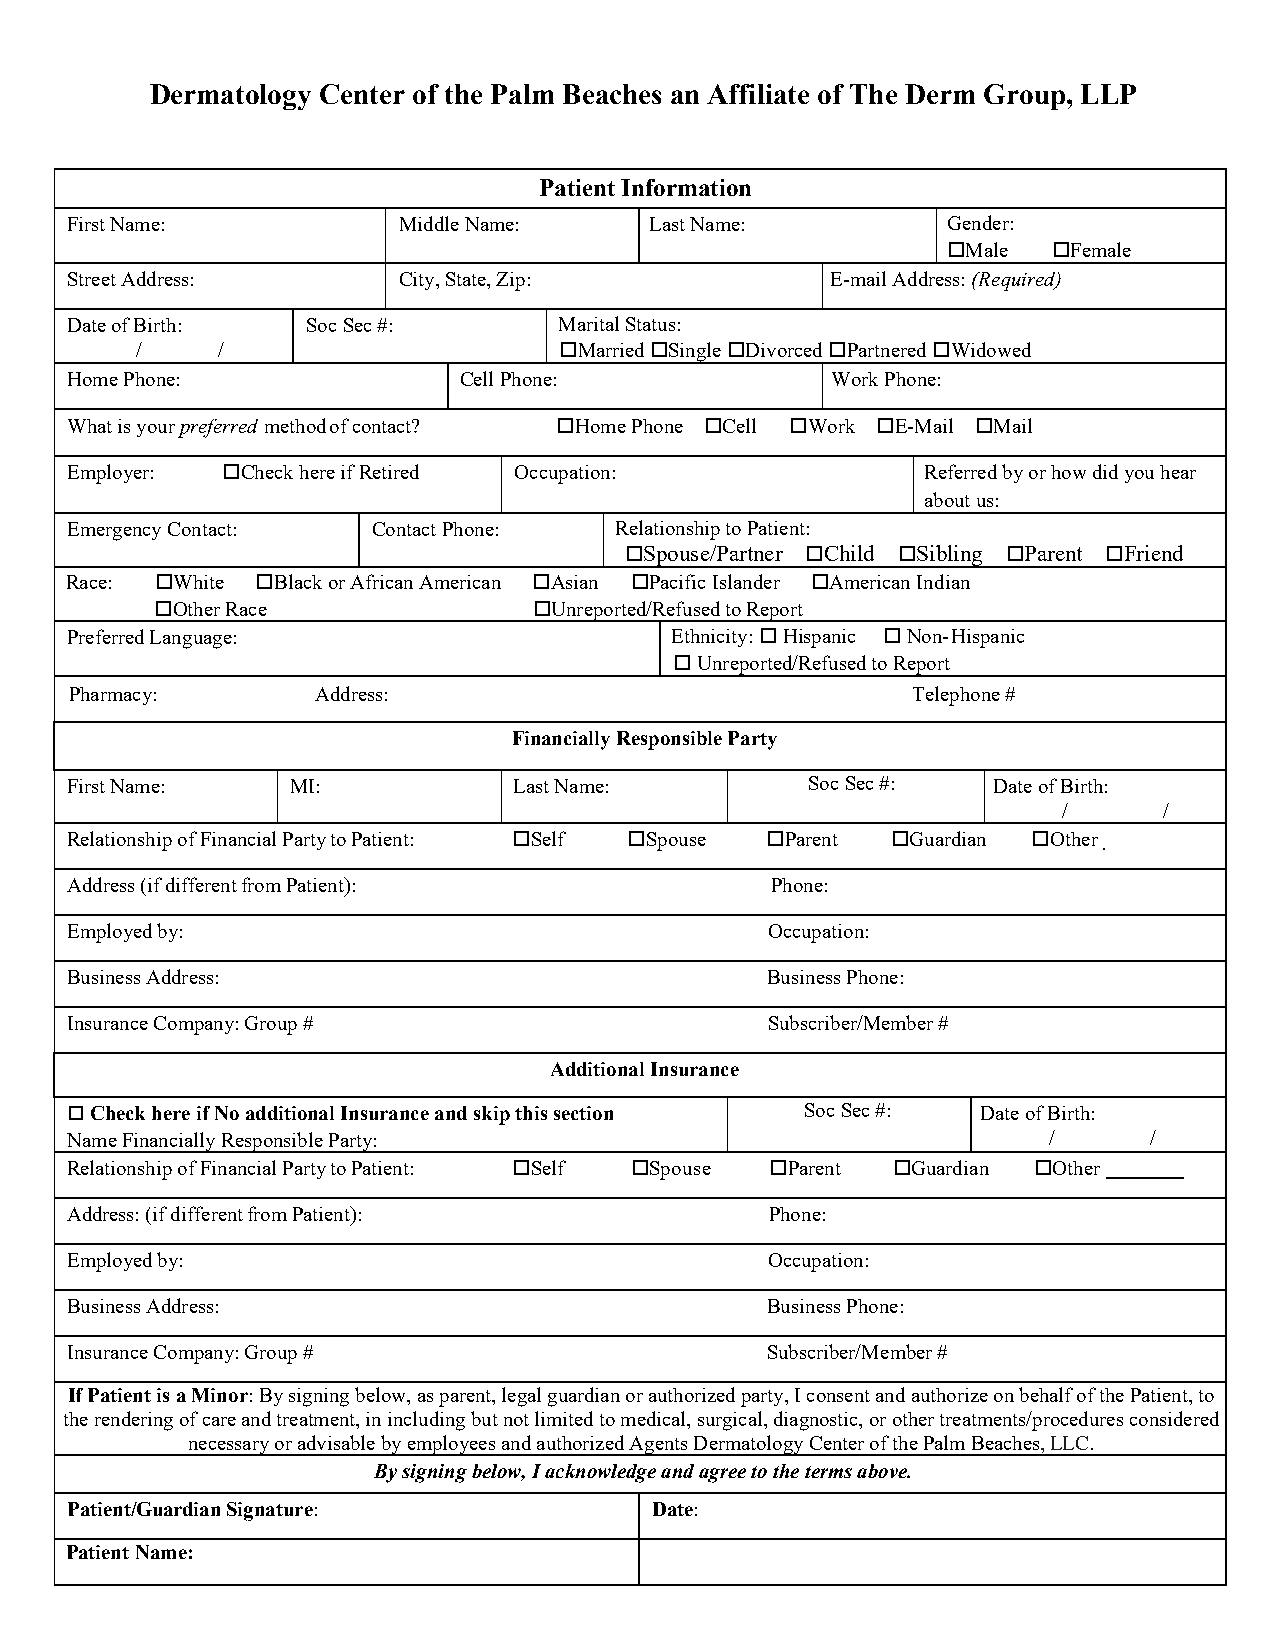
Dermatology Center of the Palm Beaches an Affiliate of The Derm Group, LLP
 Patient Information
 First Name:           Middle Name:     Last Name:          Gender:
 Male  Female
 Street Address:       City, State, Zip:            E-mail Address: (Required)
 Date of Birth:  Soc Sec #:       Marital Status:
 /    /                      Married Single Divorced Partnered Widowed
 Home Phone:               Cell Phone:              Work Phone:
 What is your preferred method of contact? Home Phone Cell Work E-Mail Mail
 Employer:  Check here if Retired Occupation:            Referred by or how did you hear
 about us:
 Emergency Contact:   Contact Phone:  Relationship to Patient:
 Spouse/Partner Child Sibling Parent Friend
 Race: White Black or African American Asian Pacific Islander American Indian
 Other Race _____________________ Unreported/Refused to Report
 Preferred Language:                     Ethnicity:  Hispanic  Non- Hispanic
  Unreported/Refused to Report
 Pharmacy:       Address:                               Telephone #
 Financially Responsible Party
 First Name:    MI:            Last Name:         Soc Sec #:   Date of Birth:
 /      /
 Relationship of Financial Party to Patient: Self Spouse Parent Guardian Other
 Address (if different from Patient):           Phone:
 Employed by:                                   Occupation:
 Business Address:                              Business Phone:
 Insurance Company: Group #                     Subscriber/Member #
 Additional Insurance
  Check here if No additional Insurance and skip this section Soc Sec #: Date of Birth:
 Name Financially Responsible Party:                              /      /
 Relationship of Financial Party to Patient: Self Spouse Parent Guardian Other
 Address: (if different from Patient):          Phone:
 Employed by:                                   Occupation:
 Business Address:                              Business Phone:
 Insurance Company: Group #                     Subscriber/Member #
 If Patient is a Minor: By signing below, as parent, legal guardian or authorized party, I consent and authorize on behalf of the Patient, to
 the rendering of care and treatment, in including but not limited to medical, surgical, diagnostic, or other treatments/procedures considered
 necessary or advisable by employees and authorized Agents Dermatology Center of the Palm Beaches, LLC.
 By signing below, I acknowledge and agree to the terms above.
 Patient/Guardian Signature:            Date:
 Patient Name: